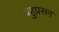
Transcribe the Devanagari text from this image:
बहुप्रसव